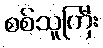
စစ်သူကြီး